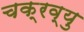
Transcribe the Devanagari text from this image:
चक्रव्यु